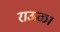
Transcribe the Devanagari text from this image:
राऊळ।